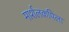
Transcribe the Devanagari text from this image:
मार्शलकपिला